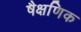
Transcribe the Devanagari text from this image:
षैक्षणिक